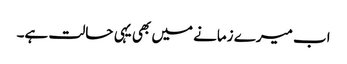
اب میرے زمانے میں بھی یہی حالت ہے۔